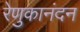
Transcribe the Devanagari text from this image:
रेणुकानंदन